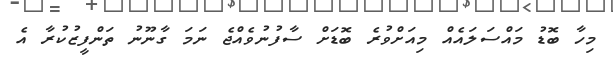
މިހާ ބޮޑު މައްސަލައެއް މިއަށްވުރެ ބޮޑަށް ސާފުނުވެއްޖެ ނަމަ ގާނޫނު ތަންފީޒުކުރާ އެ